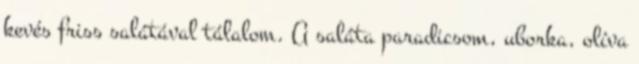
kevés friss salátával tálalom. A saláta paradicsom, uborka, olíva